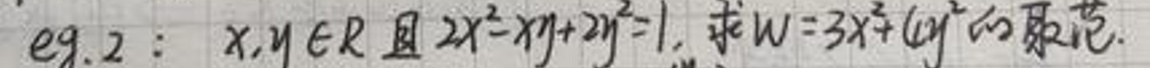
$eg.2:x,y\in\mathbb{R} $且$ 2x^{2}-xy + 2y^{2}=1, $求$ W = 3x^{2}+4y^{2} $的取值范围.